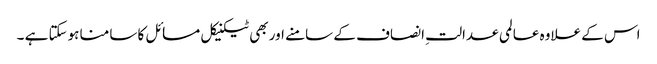
اس کے علاوہ عالمی عدالتِ انصاف کے سامنے اور بھی ٹیکنیکل مسائل کا سامنا ہوسکتا ہے ۔